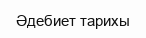
Әдебиет тарихы